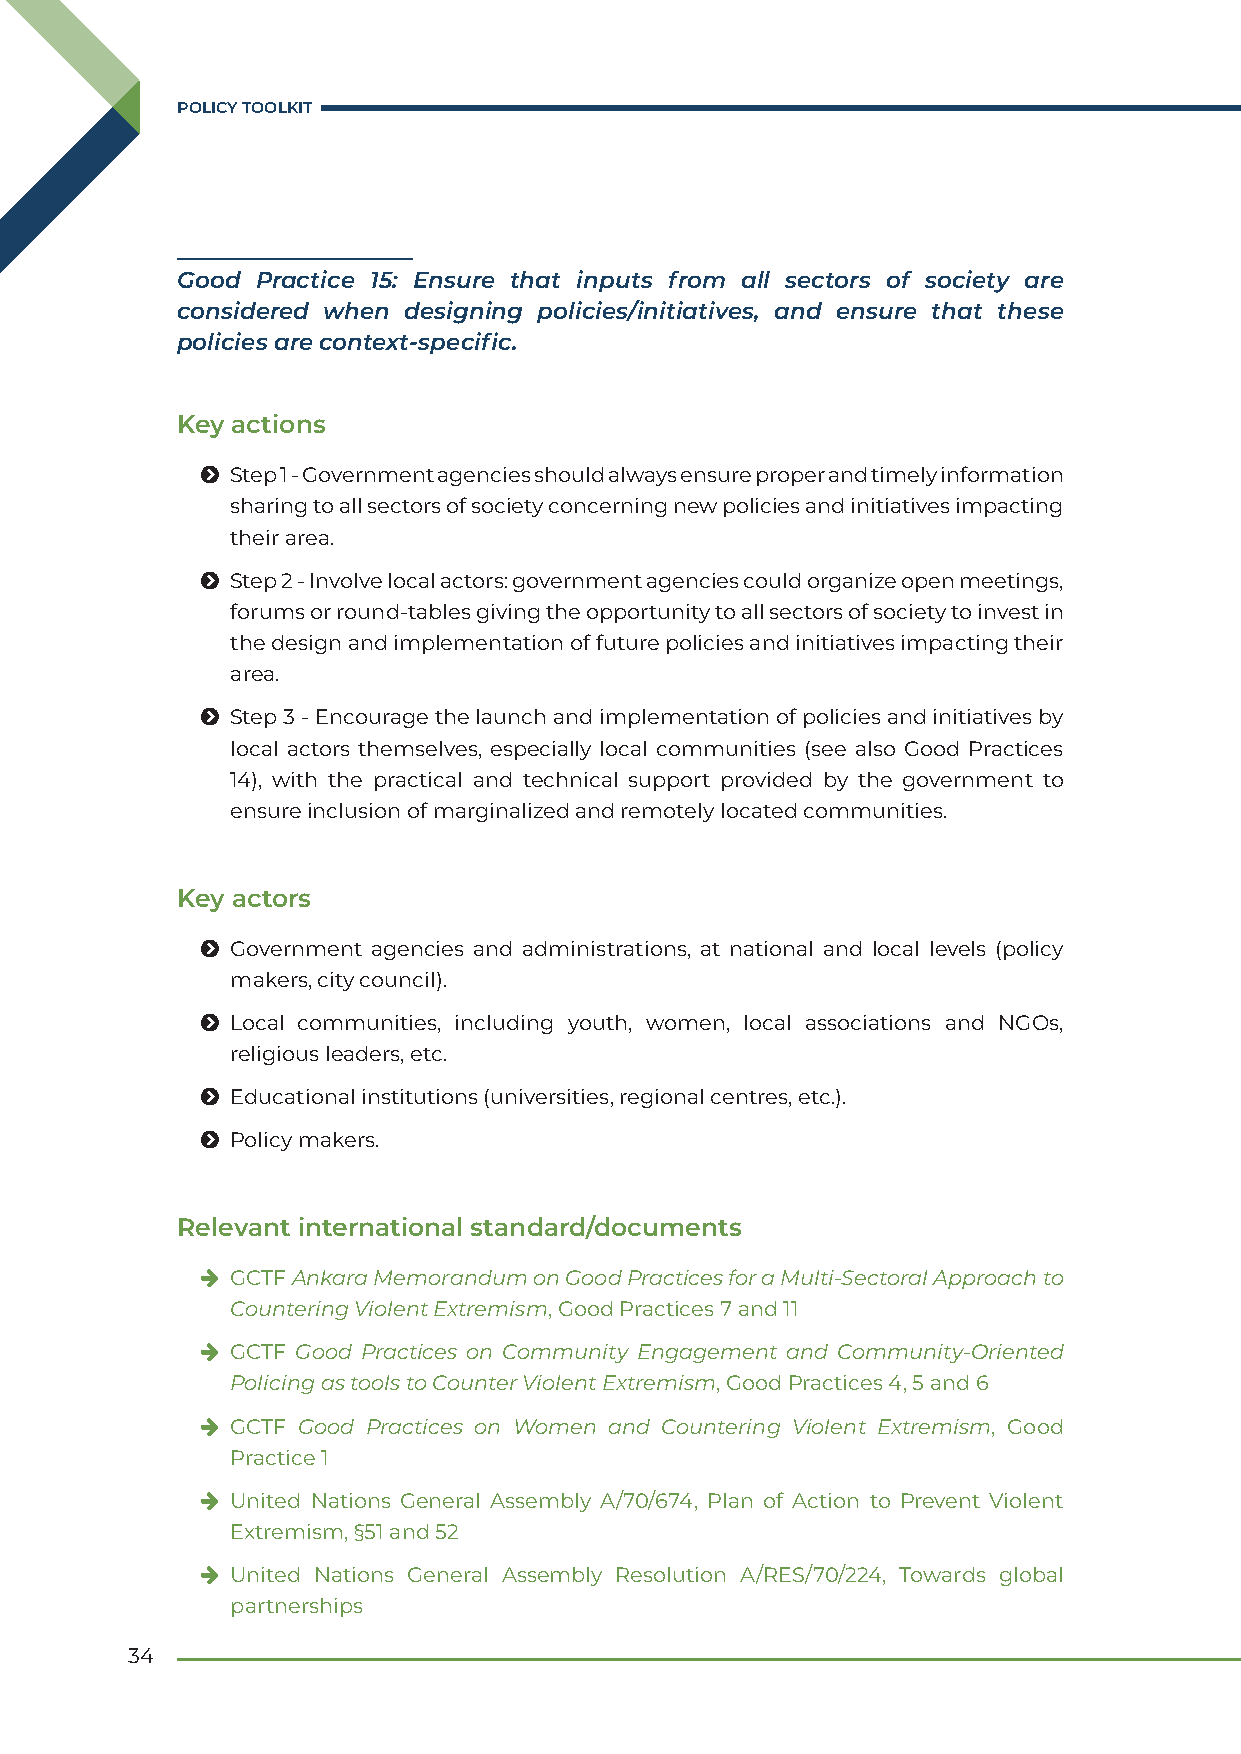
POLICY TOOLKIT
 Good Practice 15: Ensure that inputs from all sectors of society are
 considered when designing policies/initiatives, and ensure that these
 policies are context-specific.
 Key actions
 Ħ Step 1 - Government agencies should always ensure proper and timely information
 sharing to all sectors of society concerning new policies and initiatives impacting
 their area.
 Ħ Step 2 - Involve local actors: government agencies could organize open meetings,
 forums or round-tables giving the opportunity to all sectors of society to invest in
 the design and implementation of future policies and initiatives impacting their
 area.
 Ħ Step 3 - Encourage the launch and implementation of policies and initiatives by
 local actors themselves, especially local communities (see also Good Practices
 14), with the practical and technical support provided by the government to
 ensure inclusion of marginalized and remotely located communities.
 Key actors
 Ħ Government agencies and administrations, at national and local levels (policy
 makers, city council).
 Ħ Local communities, including youth, women, local associations and NGOs,
 religious leaders, etc.
 Ħ Educational institutions (universities, regional centres, etc.).
 Ħ Policy makers.
 Relevant international standard/documents
 h GCTF Ankara Memorandum on Good Practices for a Multi-Sectoral Approach to
 Countering Violent Extremism, Good Practices 7 and 11
 h GCTF Good Practices on Community Engagement and Community-Oriented
 Policing as tools to Counter Violent Extremism, Good Practices 4, 5 and 6
 h GCTF Good Practices on Women and Countering Violent Extremism, Good
 Practice 1
 h United Nations General Assembly A/70/674, Plan of Action to Prevent Violent
 Extremism, §51 and 52
 h United Nations General Assembly Resolution A/RES/70/224, Towards global
 partnerships
 34